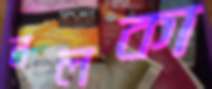
নলকা